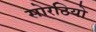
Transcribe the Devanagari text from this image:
सोरठियो